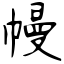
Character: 幔